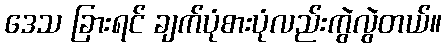
ဒေသ ခြားရင် ချက်ပုံစားပုံလည်းကွဲလွဲတယ်။